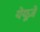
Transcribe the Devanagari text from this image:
येयूज़े